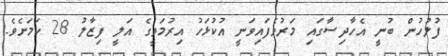
ފުލުހުން ބުނީ އެހާދިސާގައި މަރުވެފައިވަނީ އުކުޅަހު އިރުމަތީގެ އަލީ ފިޒާލު 28 ކަމަށެވެ.